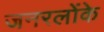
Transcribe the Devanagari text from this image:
जनरलोंके